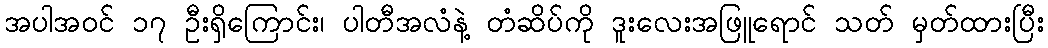
အပါအဝင် ၁၇ ဦးရှိကြောင်း၊ ပါတီအလံနဲ့ တံဆိပ်ကို ဒူးလေးအဖြူရောင် သတ် မှတ်ထားပြီး